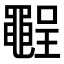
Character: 𪓪